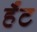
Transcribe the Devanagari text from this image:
र्हँट